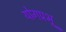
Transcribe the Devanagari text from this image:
योगप्रभू